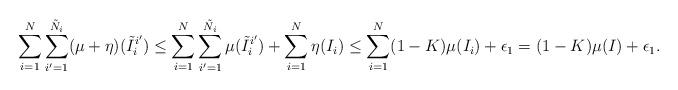
LaTeX: \begin{align*} \sum_{i=1}^N \sum_{i' = 1}^{\tilde N_i} (\mu + \eta)(\tilde I_i^{i'}) \leq \sum_{i=1}^N \sum_{i' = 1}^{\tilde N_i} \mu(\tilde I_i^{i'}) + \sum_{i=1}^N \eta(I_i) \leq \sum_{i=1}^N (1-K)\mu(I_i) + \epsilon_1 = (1-K)\mu(I) + \epsilon_1.\end{align*}